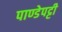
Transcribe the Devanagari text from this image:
पाण्डेपट्टी